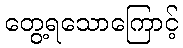
တွေ့ရသောကြောင့်